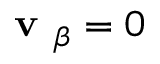
\textbf { v } _ { \beta } = 0